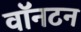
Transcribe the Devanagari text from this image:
वॉनटन